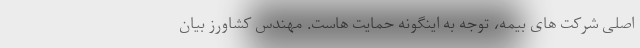
اصلی شرکت های بیمه، توجه به اینگونه حمایت هاست. مهندس کشاورز بیان